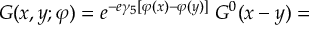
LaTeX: N ( m , - \delta , \lambda ) = { \frac { 1 } { ( \lambda ^ { 2 } - m ^ { 2 } + \delta ^ { 2 } ) } } \Big [ \pi \lambda ( \lambda ^ { 2 } + 3 m ^ { 2 } - 3 \delta ^ { 2 } ) - 2 ( 3 \lambda ^ { 2 } + m ^ { 2 } - \delta ^ { 2 } ) \, F _ { 0 } ( m , - \delta ) \Big ] \ ,